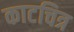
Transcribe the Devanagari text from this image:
काटचित्र